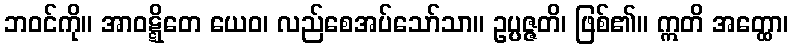
ဘဝင်ကို။ အာဝဋ္ဋိတေ ယေဝ၊ လည်စေအပ်သော်သာ။ ဥပ္ပဇ္ဇတိ၊ ဖြစ်၏။ ဣတိ အတ္ထော၊